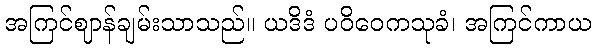
အကြင်ဈာန်ချမ်းသာသည်။ ယဒိဒံ ပဝိဝေကသုခံ၊ အကြင်ကာယ